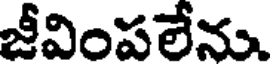
జీవింపలేను.